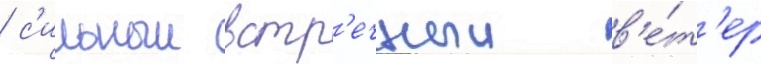
/ с'ильныи встр'ечныи в'е́т'ер